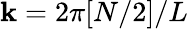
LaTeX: \mathbf{k}=2\pi[N/2]/L